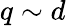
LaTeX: q\sim d